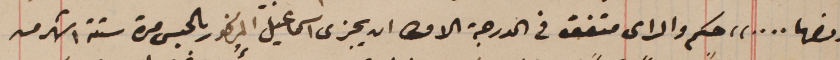
ومنها ...." حكم والراى متفق فى الدرجة الاولى  ان يجزى اسماعيل المذكور بالحبس مدة ستة اشهر من